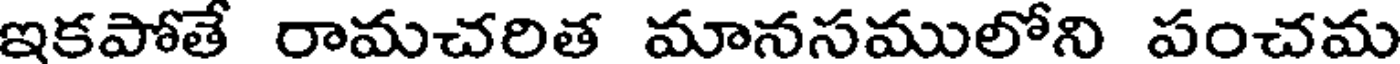
ఇకపోతే రామచరిత మానసములోని పంచమ